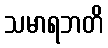
သမာရဘတိ